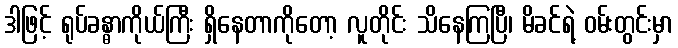
ဒါဖြင့် ရုပ်ခန္ဓာကိုယ်ကြီး ရှိနေတာကိုတော့ လူတိုင်း သိနေကြပြီ၊ မိခင်ရဲ့ ဝမ်းတွင်းမှာ